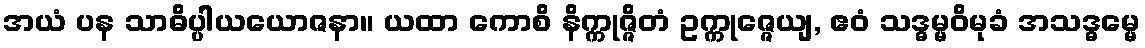
အယံ ပန သာဓိပ္ပါယယောဇနာ။ ယထာ ကောစိ နိက္ကုဇ္ဇိတံ ဥက္ကုဇ္ဇေယျ, ဧဝံ သဒ္ဓမ္မဝိမုခံ အသဒ္ဓမ္မေ